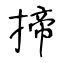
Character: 揥